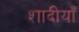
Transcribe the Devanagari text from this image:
शादीयाँ